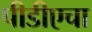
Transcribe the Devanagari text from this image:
पीडीएचा